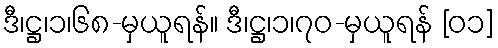
ဒီ၊ဋ္ဌ၊၁၊၆၈-မှယူရန်။ ဒီ၊ဋ္ဌ၊၁၊၇၀-မှယူရန် [၀၁]